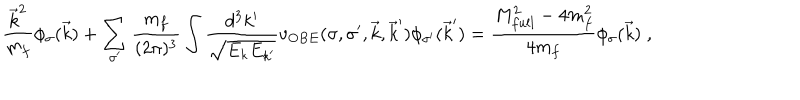
LaTeX: \frac { \vec { k } ^ { 2 } } { m _ { f } } \phi _ { \sigma } ( \vec { k } ) + \sum _ { \sigma ^ { \prime } } \frac { m _ { f } } { ( 2 \pi ) ^ { 3 } } \int \frac { d ^ { 3 } k ^ { \prime } } { \sqrt { E _ { k } E _ { k ^ { \prime } } } } v _ { O B E } ( \sigma , \sigma ^ { \prime } , \vec { k } , \vec { k } ^ { \prime } ) \phi _ { \sigma ^ { \prime } } ( \vec { k } ^ { \prime } ) = \frac { M _ { f u l l } ^ { 2 } - 4 m _ { f } ^ { 2 } } { 4 m _ { f } } \phi _ { \sigma } ( \vec { k } ) \; ,